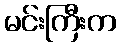
မင်းကြီးက